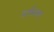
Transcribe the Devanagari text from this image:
सर्पभाषा